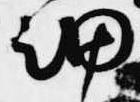
細